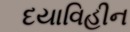
દયાવિહીન